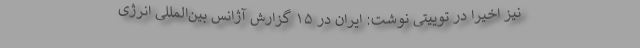
نیز اخیرا در توییتی نوشت: ایران در ۱۵ گزارش آژانس بین‌المللی انرژی